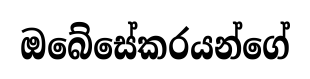
ඔබේසේකරයන්ගේ